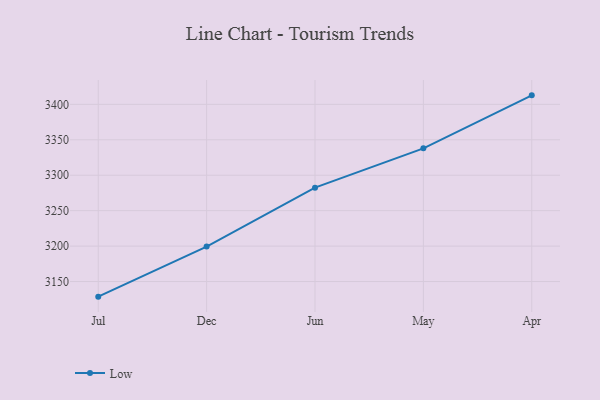
{"axis": {"x": "Month", "y": "Population (Million)"}, "legend": ["Low"], "data": [{"x": "Jul", "y": 3128.7, "type": "Low"}, {"x": "Dec", "y": 3199.4, "type": "Low"}, {"x": "Jun", "y": 3282.5, "type": "Low"}, {"x": "May", "y": 3337.9, "type": "Low"}, {"x": "Apr", "y": 3412.7, "type": "Low"}]}